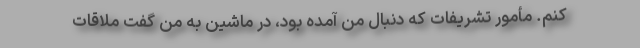
کنم. مأمور تشریفات که دنبال من آمده بود، در ماشین به من گفت ملاقات